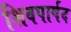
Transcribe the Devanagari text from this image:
शिवपार्षद